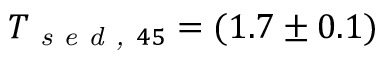
T _ { \textit { s e d , } 4 5 } = ( 1 . 7 \pm 0 . 1 )